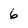
Character: 6